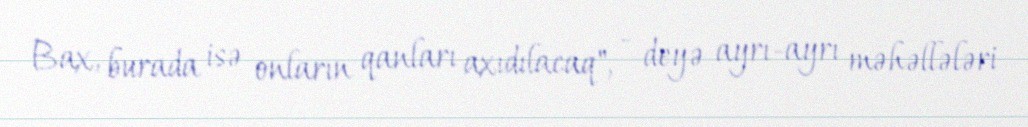
Bax, burada isə onların qanları axıdılacaq", - deyə ayrı-ayrı məhəllələri